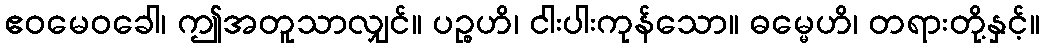
ဧဝမေဝခေါ၊ ဤအတူသာလျှင်။ ပဉ္စဟိ၊ ငါးပါးကုန်သော။ ဓမ္မေဟိ၊ တရားတို့နှင့်။